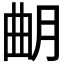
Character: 𣌴